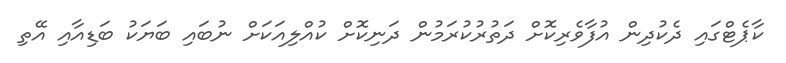
ކާޕެޓްގައި ދެކުދިން އުފާވެރިކޮށް ދަތުރުކުރަމުން ދަނިކޮށް ކުއްްލިއަކަށް ނުބައި ބަޔަކު ބަޑިއާއި އޭތި